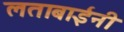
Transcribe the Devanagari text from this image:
लताबाईंनी